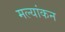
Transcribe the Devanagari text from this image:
मल्यांकन